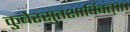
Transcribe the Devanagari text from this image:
कुबेरसुतशापिवत्‌॥।